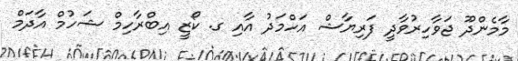
މާމެންދޫ ޖަވާހިރުވާދީ ފަރިޔާޝް އަހްމަދު އާއި ގ. ކޯޒީ އިބްރާހިމް ޝަހުމް އާދަމް